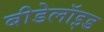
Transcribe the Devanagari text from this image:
बीडेलॉइड